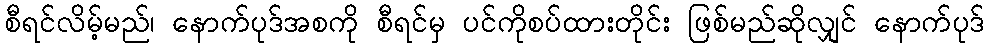
စီရင်လိမ့်မည်၊ နောက်ပုဒ်အစကို စီရင်မှ ပင်ကိုစပ်ထားတိုင်း ဖြစ်မည်ဆိုလျှင် နောက်ပုဒ်